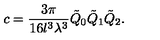
c = \frac { 3 \pi } { 1 6 l ^ { 3 } \lambda ^ { 3 } } \tilde { Q } _ { 0 } \tilde { Q } _ { 1 } \tilde { Q } _ { 2 } .